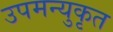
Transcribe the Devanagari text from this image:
उपमन्युकृत